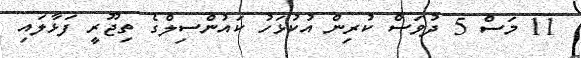
11 މަސް 5 ދުވަސް ކުރިން އުކުޅަހު ކައުންސިލްގެ ތިޖޫރީ ފަޅާލައި